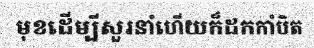
មុខដើម្បីសួរនាំហើយក៏ដកកាំបិត